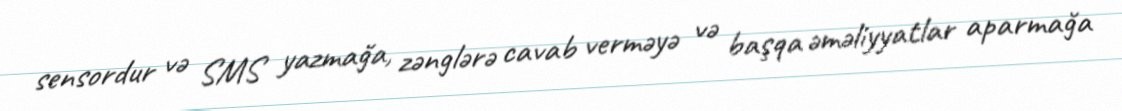
sensordur və SMS yazmağa, zənglərə cavab verməyə və başqa əməliyyatlar aparmağa